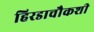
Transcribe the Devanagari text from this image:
हिरडाचौकशी